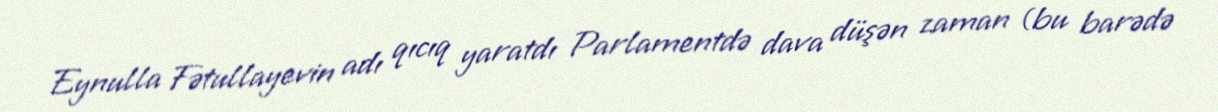
Eynulla Fətullayevin adı qıcıq yaratdı Parlamentdə dava düşən zaman (bu barədə